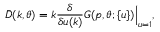
\bar { D } ( k , \theta ) = k \frac { \delta } { \delta u ( k ) } G ( p , \theta ; \{ u \} ) \Big | _ { u = 1 } ,